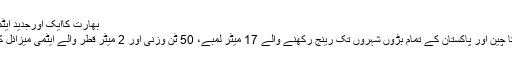
بھارت کاایک اورجدید ایٹمی میزائل اگنی تھری کاتجربہ ناکام ہوگیا
اڑیسہ: جنگی جارحیت میں مبتلا بھارت کا چین اور پاکستان کے تمام بڑوں شہروں تک رینج رکھنے والے 17 میٹر لمبے، 50 ٹن وزنی اور 2 میٹر قطر والے ایٹمی میزائل کا تیسرا تجربہ بھی بری طرح ناکام ہوگیا۔